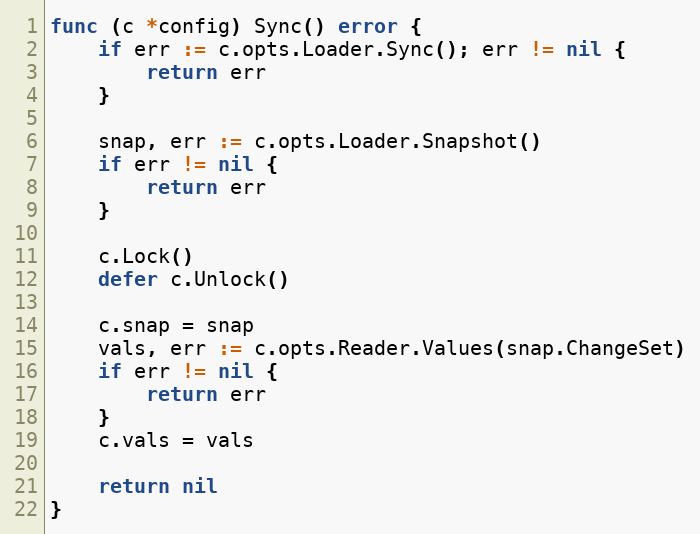
Language: Go
func (c *config) Sync() error {
	if err := c.opts.Loader.Sync(); err != nil {
		return err
	}

	snap, err := c.opts.Loader.Snapshot()
	if err != nil {
		return err
	}

	c.Lock()
	defer c.Unlock()

	c.snap = snap
	vals, err := c.opts.Reader.Values(snap.ChangeSet)
	if err != nil {
		return err
	}
	c.vals = vals

	return nil
}